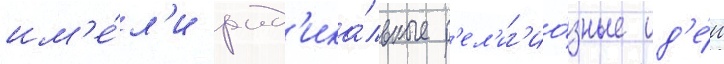
им'е́л'и рад'ика́льные р'ел'иг'ио́зные ид'е́и